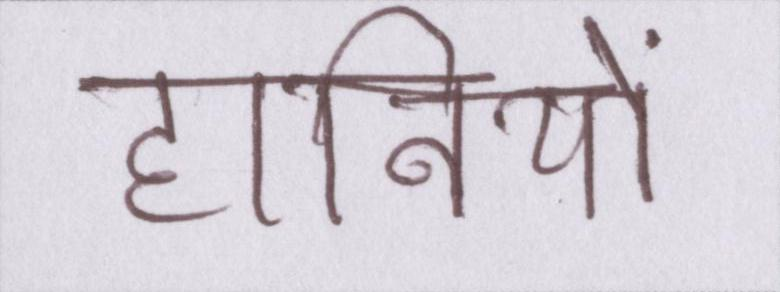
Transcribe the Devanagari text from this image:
हानियों